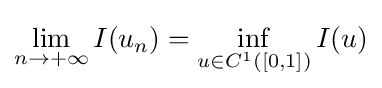
\lim _{n\to +\infty }I(u_{n})=\inf _{u\in C^{1}([0,1])}I(u)